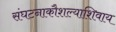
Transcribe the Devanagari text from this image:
संघटनाकौशल्याशिवाय